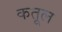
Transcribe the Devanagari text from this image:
कतूल